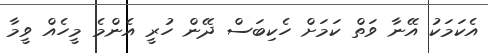
އެކަމަކު އޭނާ ވަތް ކަމަށް ހެކިބަސް ދޭން ހުރީ އެންމެ މީހެއް ވީމާ